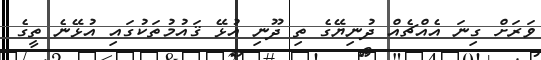
ވަރަށް ގިނަ އެއްޗެއް ދުނިޔޭގެ ތި ދޫނި އުޅޭ ޤައުމުތަކުގައި އުޅޭނެ ތީގެ